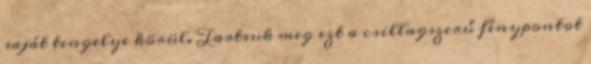
saját tengelye körül. Tartsuk meg ezt a csillagszerű fénypontot